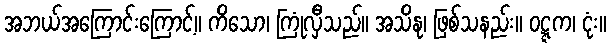
အဘယ်အကြောင်းကြောင့်။ ကိသော၊ ကြုံလှီသည်။ အသိနု၊ ဖြစ်သနည်း။ ဝဋ္ဋက၊ ငုံး။